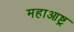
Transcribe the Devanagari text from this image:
महाआष्ट्र